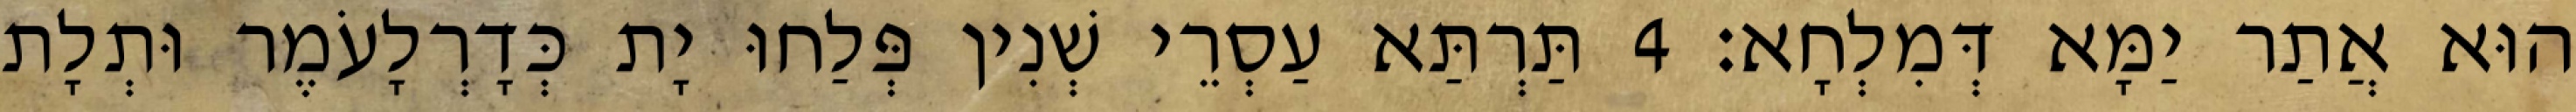
הוּא אֲתַר יַמָּא דְּמִלְחָא׃ 4 תַּרְתַּא עַסְרֵי שְׁנִין פְּלַחוּ יָת כְּדָרְלָעֹמֶר וּתְלָת